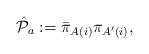
\begin{align*}{\hat {\cal P}}_{a}:={\bar \pi}_{A(i)}{\pi}_{A^\prime (i)},\end{align*}